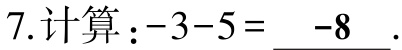
7.计算：\(-3 - 5 = \underline{-8}\).